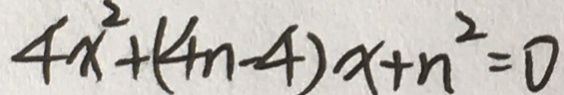
4 x ^ { 2 } + ( 4 n - 4 ) x + n ^ { 2 } = 0